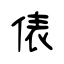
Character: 俵